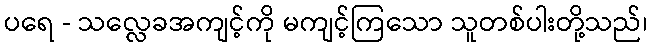
ပရေ - သလ္လေခအကျင့်ကို မကျင့်ကြသော သူတစ်ပါးတို့သည်၊